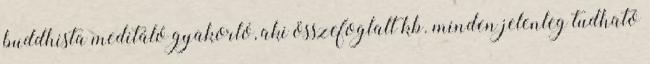
buddhista meditáló gyakorló, aki összefoglalt kb. minden jelenleg tudható